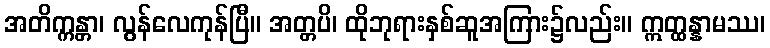
အတိက္ကန္တာ၊ လွန်လေကုန်ပြီ။ အတ္တပိ၊ ထိုဘုရားနှစ်ဆူအကြား၌လည်း။ ဣတ္ထန္နာမဿ၊